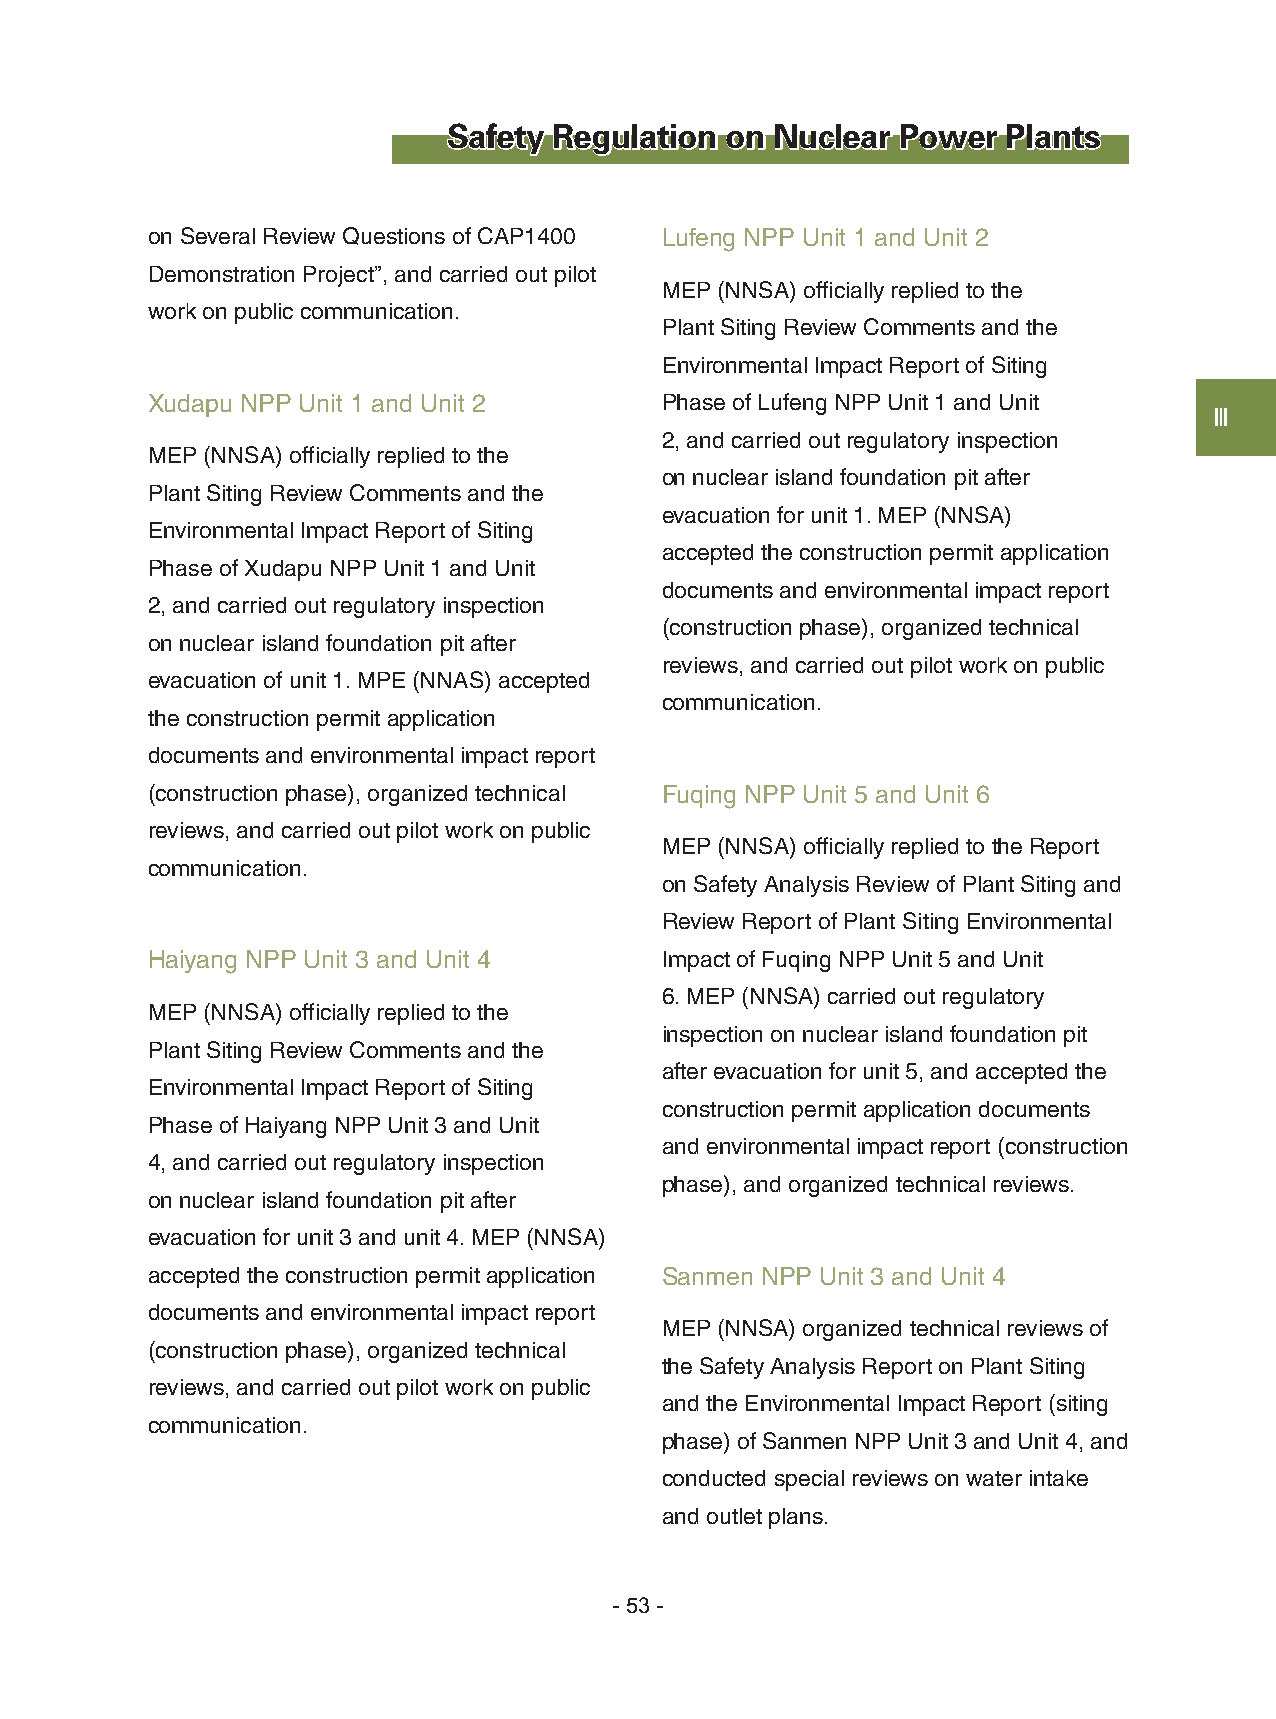
Safety Regulation on Nuclear  Power  Plants
 on Several Review Questions of CAP1400 Lufeng NPP Unit 1 and Unit 2
 Demonstration Project”, and carried out pilot
 MEP (NNSA) officially replied to the
 work on public communication.
 Plant Siting Review Comments and the
 Environmental Impact Report of Siting
 Xudapu NPP Unit 1 and Unit 2      Phase of Lufeng NPP Unit 1 and Unit
 Ⅲ
 2, and carried out regulatory inspection
 MEP (NNSA) officially replied to the
 on nuclear island foundation pit after
 Plant Siting Review Comments and the
 evacuation for unit 1. MEP (NNSA)
 Environmental Impact Report of Siting
 accepted the construction permit application
 Phase of Xudapu NPP Unit 1 and Unit
 documents and environmental impact report
 2, and carried out regulatory inspection
 (construction phase), organized technical
 on nuclear island foundation pit after
 reviews, and carried out pilot work on public
 evacuation of unit 1. MPE (NNAS) accepted
 communication.
 the construction permit application
 documents and environmental impact report
 (construction phase), organized technical Fuqing NPP Unit 5 and Unit 6
 reviews, and carried out pilot work on public
 MEP (NNSA) officially replied to the Report
 communication.
 on Safety Analysis Review of Plant Siting and
 Review Report of Plant Siting Environmental
 Haiyang NPP Unit 3 and Unit 4     Impact of Fuqing NPP Unit 5 and Unit
 6. MEP (NNSA) carried out regulatory
 MEP (NNSA) officially replied to the
 inspection on nuclear island foundation pit
 Plant Siting Review Comments and the
 after evacuation for unit 5, and accepted the
 Environmental Impact Report of Siting
 construction permit application documents
 Phase of Haiyang NPP Unit 3 and Unit
 and environmental impact report (construction
 4, and carried out regulatory inspection
 phase), and organized technical reviews.
 on nuclear island foundation pit after
 evacuation for unit 3 and unit 4. MEP (NNSA)
 accepted the construction permit application Sanmen NPP Unit 3 and Unit 4
 documents and environmental impact report
 MEP (NNSA) organized technical reviews of
 (construction phase), organized technical
 the Safety Analysis Report on Plant Siting
 reviews, and carried out pilot work on public
 and the Environmental Impact Report (siting
 communication.
 phase) of Sanmen NPP Unit 3 and Unit 4, and
 conducted special reviews on water intake
 and outlet plans.
 - 53 -